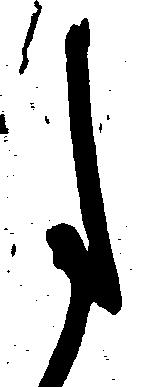
た